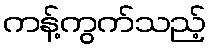
ကန့်ကွက်သည့်